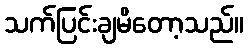
သက်ပြင်းချမိတော့သည်။